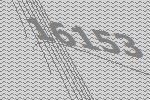
16153